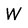
Character: W